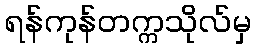
ရန်ကုန်တက္ကသိုလ်မှ